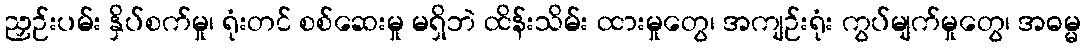
ညှဉ်းပမ်း နှိပ်စက်မှု၊ ရုံးတင် စစ်ဆေးမှု မရှိဘဲ ထိန်းသိမ်း ထားမှုတွေ၊ အကျဉ်းရုံး ကွပ်မျက်မှုတွေ၊ အဓမ္မ